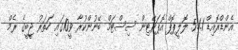
އެންޑްރޮއިޑް 5.1.1 ލޮލީޕޮޕް އޮޕަރޭޓިން ސިސްޓަމް ބޭނުންކުރާ ވީ10ގައި ހަތަރު ޖީބީގެ ރެމް